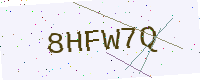
Text: 8HFW7Q